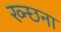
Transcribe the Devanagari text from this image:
ख्न्छना